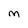
Character: M